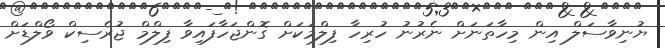
ޔުނިވާސަލް އިން މިހާތަނަށް ނެރުނު ހުރިހާ ފިލްމަކަށް ގޮންޖަހާފައިވާ ފިލްމް ޖުރެސިކް ވޯލްޑަށް